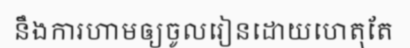
នឹងការហាមឲ្យចូលរៀនដោយហេតុតែ